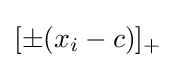
[\pm (x_{i}-c)]_{+}